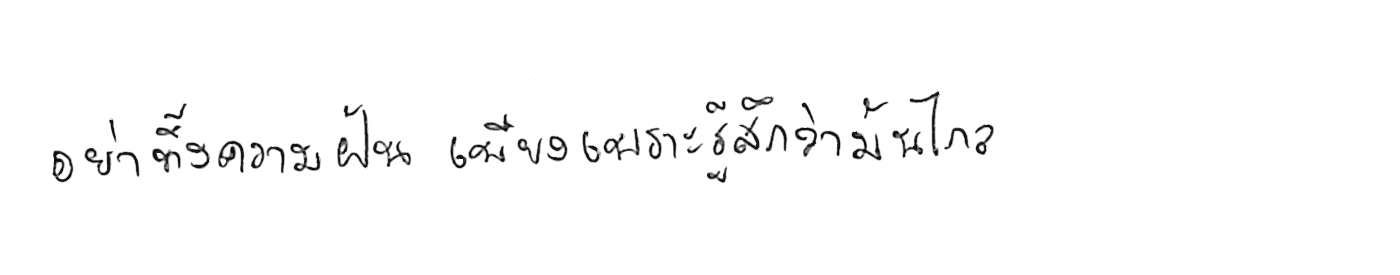
อย่าทิ้งความฝัน เพียงเพราะรู้สึกว่ามันไกล